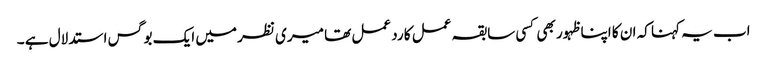
اب یہ کہنا کہ ان کا اپنا ظہور بھی کسی سابقہ عمل کا رد عمل تھا میری نظر میں ایک بوگس استدلال ہے ۔